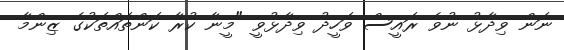
ނަން ވިދާޅު ނުވެ ރައީސް ވަހީދު ވިދާޅުވީ "މީނާ ކުރާ ކަންތައްތަކުގެ ޒިންމާ